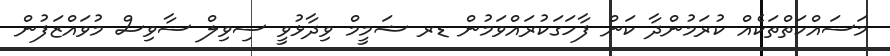
މަސައްކަތްތަކެއް ކުރަމުންދާ ކަން ފާހަގަކުރައްވަމުން ޑރ ޝަމީމް ވިދާޅުވީ ސިވިލް ސާވިސް މުވައްޒަފުން